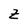
Character: Z